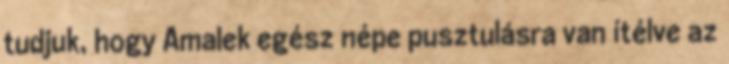
tudjuk, hogy Amalek egész népe pusztulásra van ítélve az